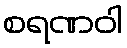
စရဏဝါ